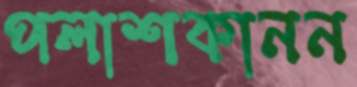
পলাশকানন